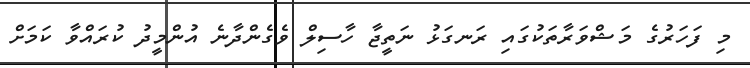
މި ފަހަރުގެ މަޝްވަރާތަކުގައި ރަނގަޅު ނަތީޖާ ހާސިލް ވެގެންދާނެ އުންމީދު ކުރައްވާ ކަމަށް